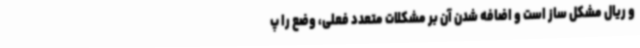
و ریال مشکل ساز است و اضافه شدن آن بر مشکلات متعدد فعلی، وضع را پ